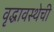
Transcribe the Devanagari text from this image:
वृद्धावस्थेची